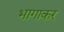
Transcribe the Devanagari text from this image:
भागाकर